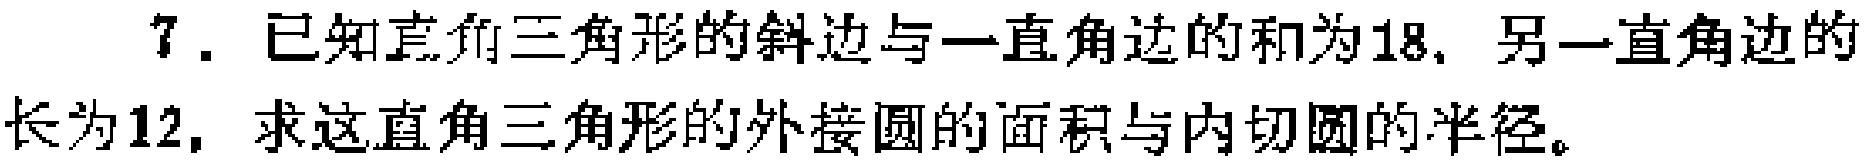
7. 已知直角三角形的斜边与一直角边的和为18，另一直角边的长为12，求这直角三角形的外接圆的面积与内切圆的半径。